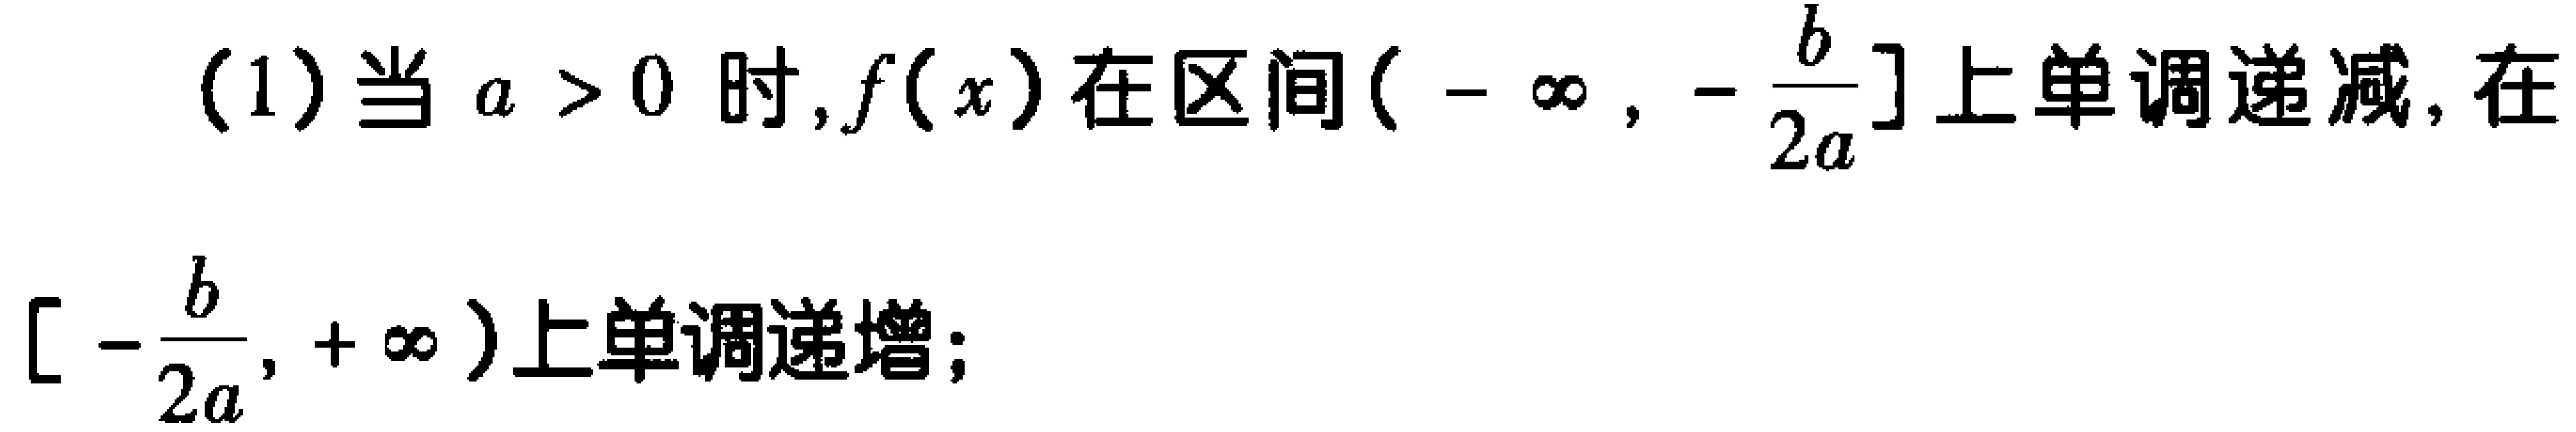
(1)当 \(a > 0\) 时, \(f(x)\)在区间\((-\infty, -\frac{b}{2a}]\)上单调递减, 在\([-\frac{b}{2a}, +\infty)\)上单调递增;